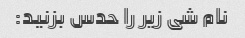
نام شی زیر را حدس بزنید: